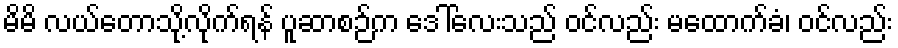
မိမိ လယ်တောသို့လိုက်ရန် ပူဆာစဉ်က ဒေါ်လေးသည် ဝင်လည်း မထောက်ခံ၊ ဝင်လည်း